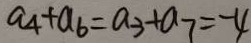
a _ { 4 } + a _ { 6 } = a _ { 3 } + a _ { 7 } = - 4